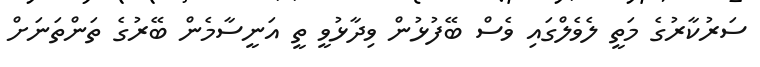
ސަރުކާރުގެ މަތީ ލެވެލްގައި ވެސް ބޭފުޅުން ވިދާޅުވީ ތީ އަނީސާމެން ބޭރުގެ ތަންތަނަށް